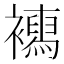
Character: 𧞳